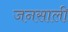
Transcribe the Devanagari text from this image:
जनसाली